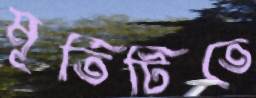
মূর্তিটিতে